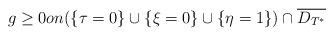
LaTeX: \begin{align*}g \geq0on( \{\tau=0\}\cup\{\xi=0\}\cup\{\eta=1\})\cap \overline{D_{T^*}}\end{align*}